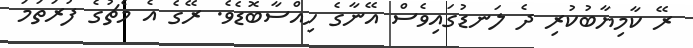
ރޭ ކާމިޔާބުކުރި ދެ ލަނޑުގައިވެސް އޭނާގެ ހިއްސާބޮޑެވެ. ރޭގެ އެ މެޗުގެ ފުރަތަމަ